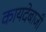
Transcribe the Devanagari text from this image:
कायदेबाजी